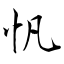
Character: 忛